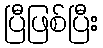
ပြီဖြစ်ပြီး